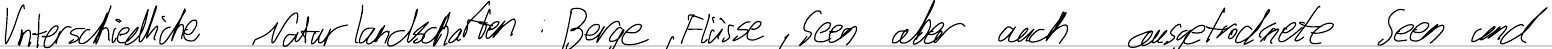
Unterschiedliche Naturlandschaften: Berge, Flüsse, Seen aber auch ausgetrocknete Seen und